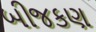
બીજકણ